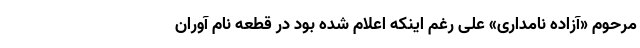
مرحوم «آزاده نامداری» علی رغم اینکه اعلام شده بود در قطعه نام آوران